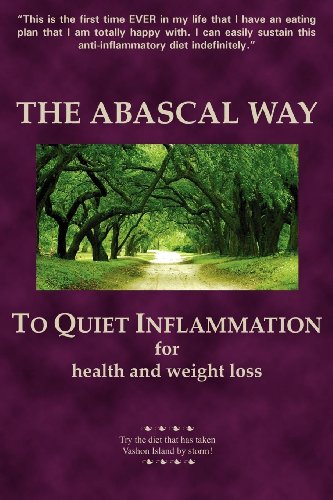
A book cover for The Abascal Way; Kathy Abascal; Health, Fitness & Dieting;